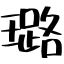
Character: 璐